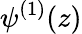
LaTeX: \psi^{(1)}(z)